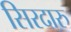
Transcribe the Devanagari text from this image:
सिरदारु